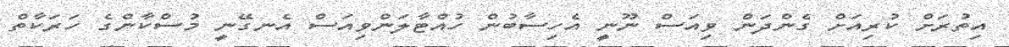
އިތުރަށް ކުރިއަށް ގެންދަން ވިއަސް ނޫނީ އެހިސާބުން ހުއްޓާލަންވިއަސް އެނގޭނީ މުސްކާންގެ ހަރަކާތް